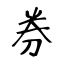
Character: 券